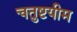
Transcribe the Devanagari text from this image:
चतुष्टयीम